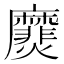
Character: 㸏